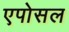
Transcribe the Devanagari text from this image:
एपोसल